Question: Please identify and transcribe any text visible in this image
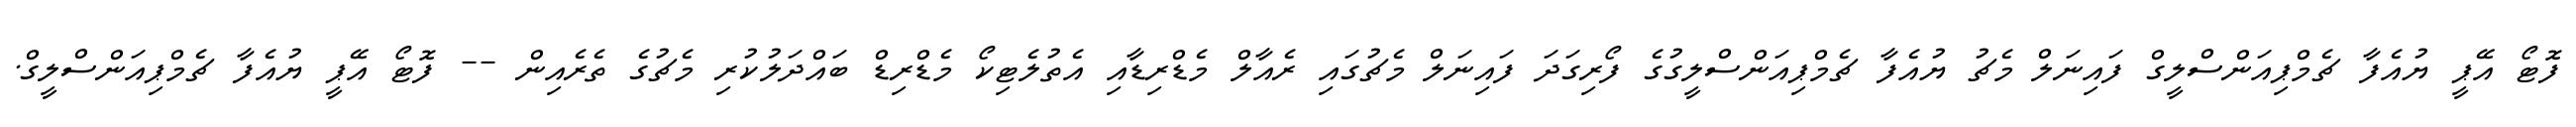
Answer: ފޮޓޯ އޭޕީ ޔުއެފާ ޗެމްޕިއަންސްލީގް ފައިނަލް މެޗު ޔުއެފާ ޗެމްޕިއަންސްލީގުގެ ފޯރިގަދަ ފައިނަލް މެޗުގައި ރެއާލް މެޑްރިޑާއި އެތުލެޓިކޯ މެޑްރިޑް ބައްދަލުކުރި މެޗުގެ ތެރެއިން -- ފޮޓޯ އޭޕީ ޔުއެފާ ޗެމްޕިއަންސްލީގް.